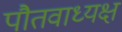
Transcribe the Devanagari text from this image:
पौतवाध्यक्ष